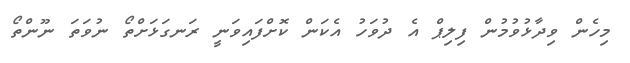
މިހެން ވިދާޅުވުމުން ފިލިޕް އެ ދުވަހު އެކަން ކޮށްފައިވަނީ ރަނގަޅަށްތޯ ނުވަތަ ނޫންތޯ